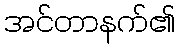
အင်တာနက်၏